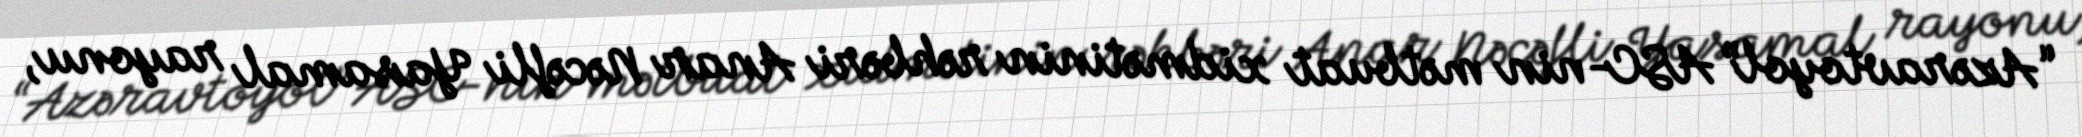
“Azəravtoyol” ASC-nin mətbuat xidmətinin rəhbəri Anar Nəcəfli Yasamal rayonu,